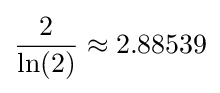
{2 \over \ln(2)}\approx 2.88539